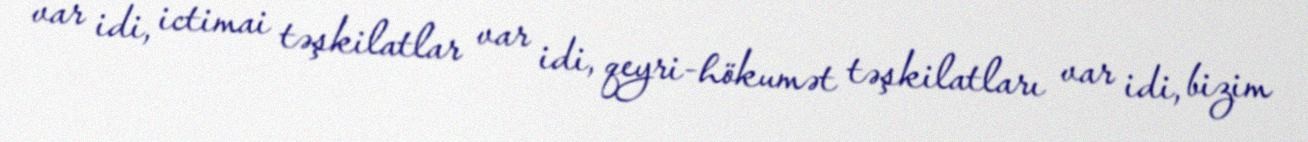
var idi, ictimai təşkilatlar var idi, qeyri-hökumət təşkilatları var idi, bizim